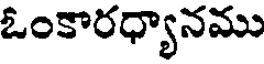
ఓంకారధ్యానము